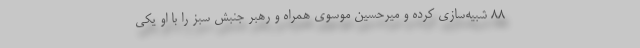
۸۸ شبیه‌سازی کرده و میرحسین موسوی همراه و رهبر جنبش سبز را با او یکی